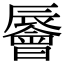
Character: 䢈